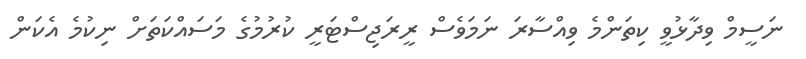
ނަސީމް ވިދާޅުވީ ކިތަންމެ ވިއްސާރަ ނަމަވެސް ރީރަޖިސްޓަރީ ކުރުމުގެ މަސައްކަތަށް ނިކުމެ އެކަން